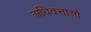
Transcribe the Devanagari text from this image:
अधिवत्ताओं